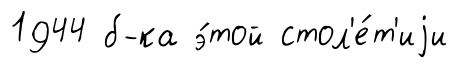
1944 б-ка э́той стол'е́т'иjи